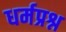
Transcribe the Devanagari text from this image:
धर्मप्रश्न